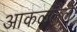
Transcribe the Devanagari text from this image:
आकळलेले